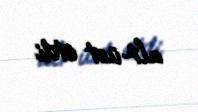
alt-üst etdi.